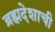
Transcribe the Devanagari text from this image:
ब्रह्मदेशाची